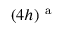
( 4 h ) ^ { \mathrm { ~ a ~ } }